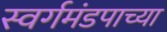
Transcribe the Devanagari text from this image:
स्वर्गमंडपाच्या